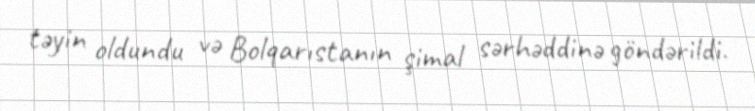
təyin oldundu və Bolqarıstanın şimal sərhəddinə göndərildi.